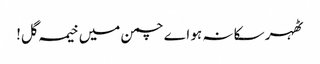
ٹھہر سکا نہ ہو اے چمن میں خیمہ گل!